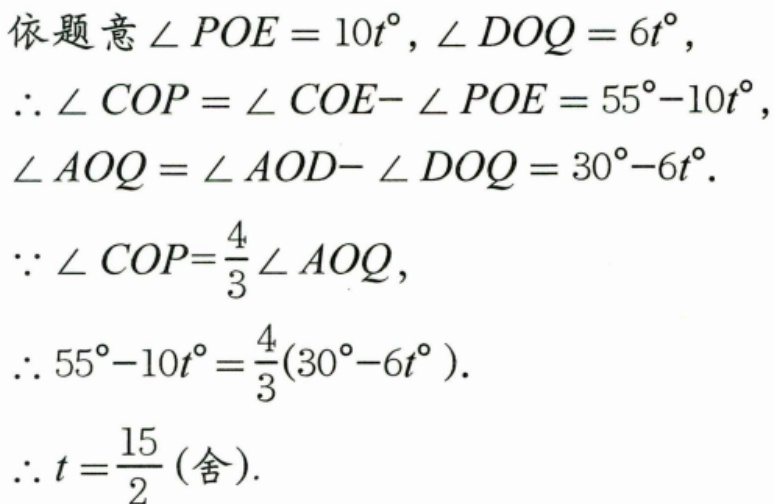
依题意\(\angle POE = 10t^{\circ}\)，\(\angle DOQ = 6t^{\circ}\)，
\(\therefore \angle COP=\angle COE - \angle POE = 55^{\circ}-10t^{\circ}\)，
\(\angle AOQ=\angle AOD - \angle DOQ = 30^{\circ}-6t^{\circ}\).
\(\because \angle COP=\frac{4}{3}\angle AOQ\)，
\(\therefore 55^{\circ}-10t^{\circ}=\frac{4}{3}(30^{\circ}-6t^{\circ})\).
\(\therefore t = \frac{15}{2}\) (舍).